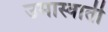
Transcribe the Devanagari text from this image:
उमास्वाती